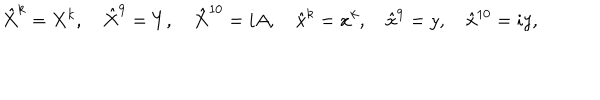
LaTeX: \hat { X } ^ { k } = X ^ { k } , \quad \hat { X } ^ { 9 } = Y , \quad \hat { X } ^ { 1 0 } = i A , \quad \hat { x } ^ { k } = x ^ { k } , \quad \hat { x } ^ { 9 } = y , \quad \hat { x } ^ { 1 0 } = i y ,